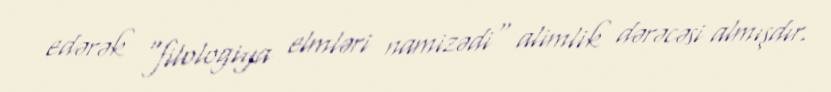
edərək "filologiya elmləri namizədi" alimlik dərəcəsi almışdır.